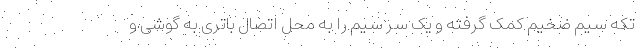
تکه سیم ضخیم کمک گرفته و یک سر سیم را به محل اتصال باتری به گوشی و